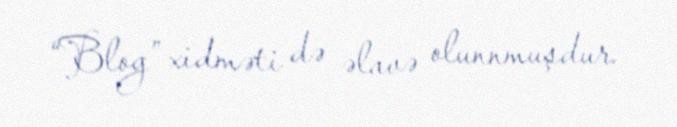
“Blog” xidməti də əlavə olunnmuşdur.